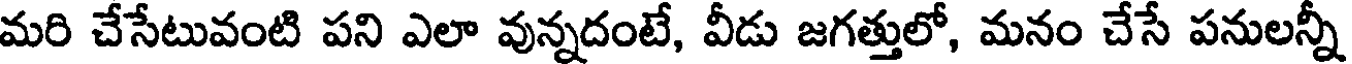
మరి చేసేటువంటి పని ఎలా వున్నదంటే, వీడు జగత్తులో, మనం చేసే పనులన్నీ